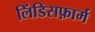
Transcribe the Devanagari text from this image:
लिंडिसफ़ार्म